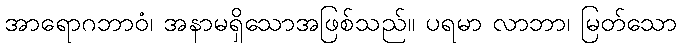
အာရောဂဘာဝံ၊ အနာမရှိသောအဖြစ်သည်။ ပရမာ လာဘာ၊ မြတ်သော